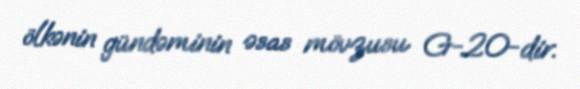
ölkənin gündəminin əsas mövzusu G-20-dir.